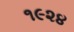
૧૯૨૪